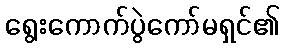
ရွေးကောက်ပွဲကော်မရှင်၏